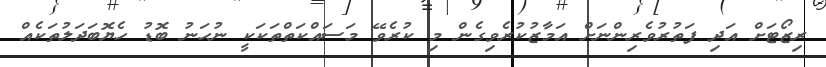
ރިޒޯޓަށް އަދި ފަތުރުވެރިންނަށް އަމާޒުކުރެވިގެން މި ކުރެވޭ މަސައްކަތްތަކަކީ ނުހަނު ބޮޑު ހެޔޮބަދަލުތަކެއް